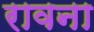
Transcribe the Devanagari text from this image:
रावना